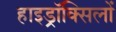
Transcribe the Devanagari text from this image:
हाइड्रॉक्सिलों